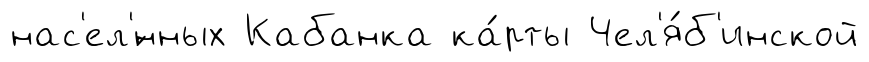
нас'ел'́нных Кабанка ка́рты Чел'я́б'инской